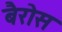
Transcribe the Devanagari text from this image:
बैरोस